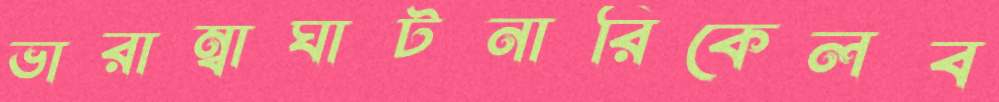
ভারাম্বাঘাটনারিকেলব